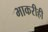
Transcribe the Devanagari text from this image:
भाकरीही